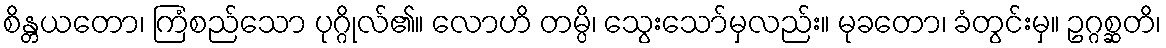
စိန္တယတော၊ ကြံစည်သော ပုဂ္ဂိုလ်၏။ လောဟိ တမ္ပိ၊ သွေးသော်မှလည်း။ မုခတော၊ ခံတွင်းမှ။ ဥဂ္ဂစ္ဆတိ၊